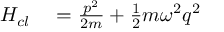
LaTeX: \begin{array} { r l } { H _ { c l } } & { { } = { \frac { p ^ { 2 } } { 2 m } } + { \frac { 1 } { 2 } } m \omega ^ { 2 } { q } ^ { 2 } } \end{array}